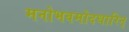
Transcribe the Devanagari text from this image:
मनोभवमोदधारिन्